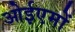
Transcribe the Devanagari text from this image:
ओईएमों